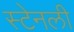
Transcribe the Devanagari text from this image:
स्‍टेनली